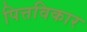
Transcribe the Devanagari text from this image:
पित्तविकार